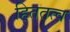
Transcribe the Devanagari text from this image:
हिततत्व